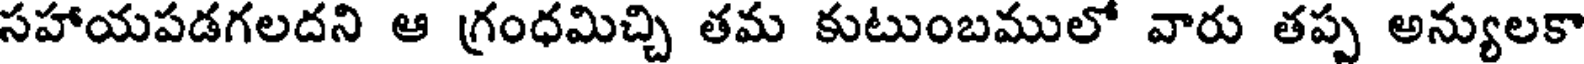
సహాయపడగలదని ఆ గ్రంధమిచ్చి తమ కుటుంబములో వారు తప్ప అన్యులకా